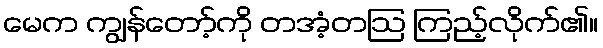
မေက ကျွန်တော့်ကို တအံ့တဩ ကြည့်လိုက်၏။